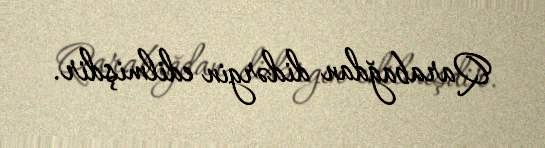
Qarabağdan didərgin edilmişdir.